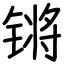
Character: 锵